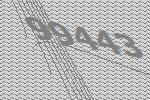
99443